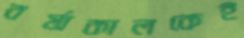
বর্ষাকালকেই